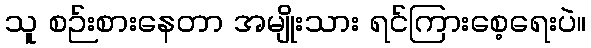
သူ စဉ်းစားနေတာ အမျိုးသား ရင်ကြားစေ့ရေးပဲ။